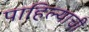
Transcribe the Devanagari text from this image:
पाहिल्याची